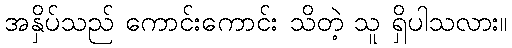
အနှိပ်သည် ကောင်းကောင်း သိတဲ့ သူ ရှိပါသလား။